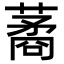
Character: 𦺖